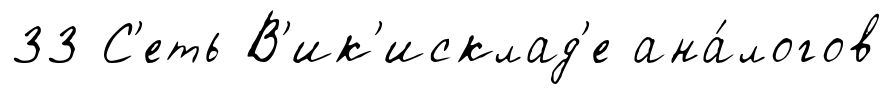
33 С'еть В'ик'исклад'е ана́логов